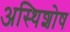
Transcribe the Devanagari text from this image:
अस्थिशोष